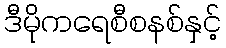
ဒီမိုကရေစီစနစ်နှင့်